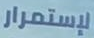
لإستمرار